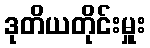
ဒုတိယတိုင်းမှူး